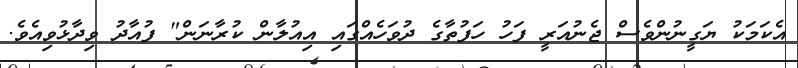
އެކަމަކު ޔަގީނުންވެސް ޖެނުއަރީ ފަހު ހަފުތާގެ ދުވަހެއްގައި އިއުލާން ކުރާނަން" ފުއާދު ވިދާޅުވިއެވެ.